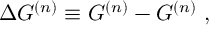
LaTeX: \Delta G ^ { ( n ) } \equiv G ^ { ( n ) } - G ^ { ( n ) } \ ,